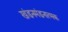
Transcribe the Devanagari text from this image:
खंडनमंडनात्मक